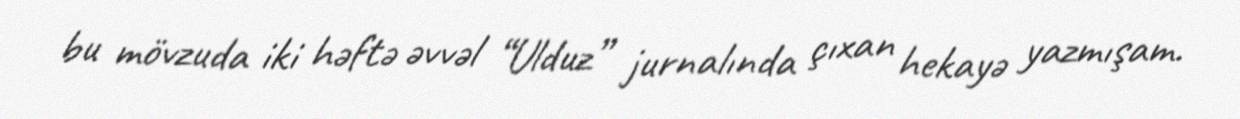
bu mövzuda iki həftə əvvəl “Ulduz” jurnalında çıxan hekayə yazmışam.